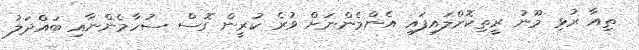
ތިއާ ރުޅި މޫނު ރީތިކޮށްލައިފައި އެންމެންނަށް ވުރެ ކުރީން ގޮސް ސުހާމެންނާއި ބައްދަލު